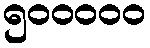
၅၀၀၀၀၀